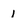
Character: 1